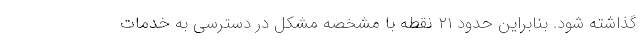
گذاشته شود. بنابراین حدود ۲۱ نقطه با مشخصه مشکل در دسترسی به خدمات